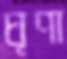
ঘৃণা